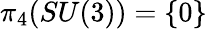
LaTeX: \pi_{4}(SU(3))=\{ 0\}